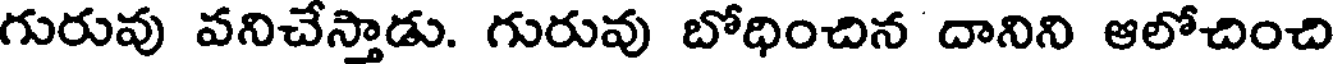
గురువు వనిచేస్తాడు. గురువు బోధించిన దానిని ఆలోచించి